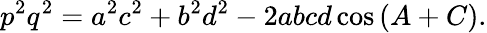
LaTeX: p^{2}q^{2}=a^{2}c^{2}+b^{2}d^{2}-2abcd\cos{(A+C)}.